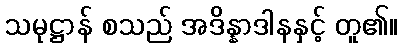
သမုဋ္ဌာန် စသည် အဒိန္နာဒါနနှင့် တူ၏။